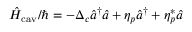
\hat { H } _ { \mathrm { c a v } } / \hbar = - \Delta _ { c } \hat { a } ^ { \dagger } \hat { a } + \eta _ { p } \hat { a } ^ { \dagger } + \eta _ { p } ^ { * } \hat { a }